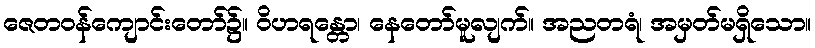
ဇေတဝန်ကျောင်းတော်၌။ ဝိဟရန္တော၊ နေတော်မူလျက်။ အညတရံ၊ အမှတ်မရှိသော။